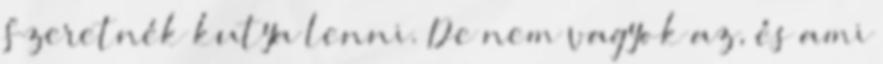
Szeretnék kutya lenni. De nem vagyok az, és ami